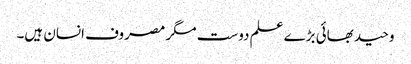
وحید بھائی بڑے علم دوست مگر مصروف انسان ہیں۔